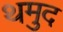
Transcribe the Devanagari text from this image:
थमुद